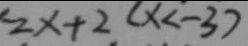
2 x + 2 ( x < - 3 )